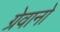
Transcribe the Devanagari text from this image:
ग्रेवानो